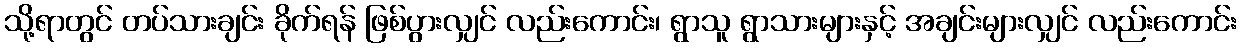
သို့ရာတွင် တပ်သားချင်း ခိုက်ရန် ဖြစ်ပွားလျှင် လည်းကောင်း၊ ရွာသူ ရွာသားများနှင့် အချင်းများလျှင် လည်းကောင်း